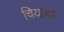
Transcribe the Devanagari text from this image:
चियादा